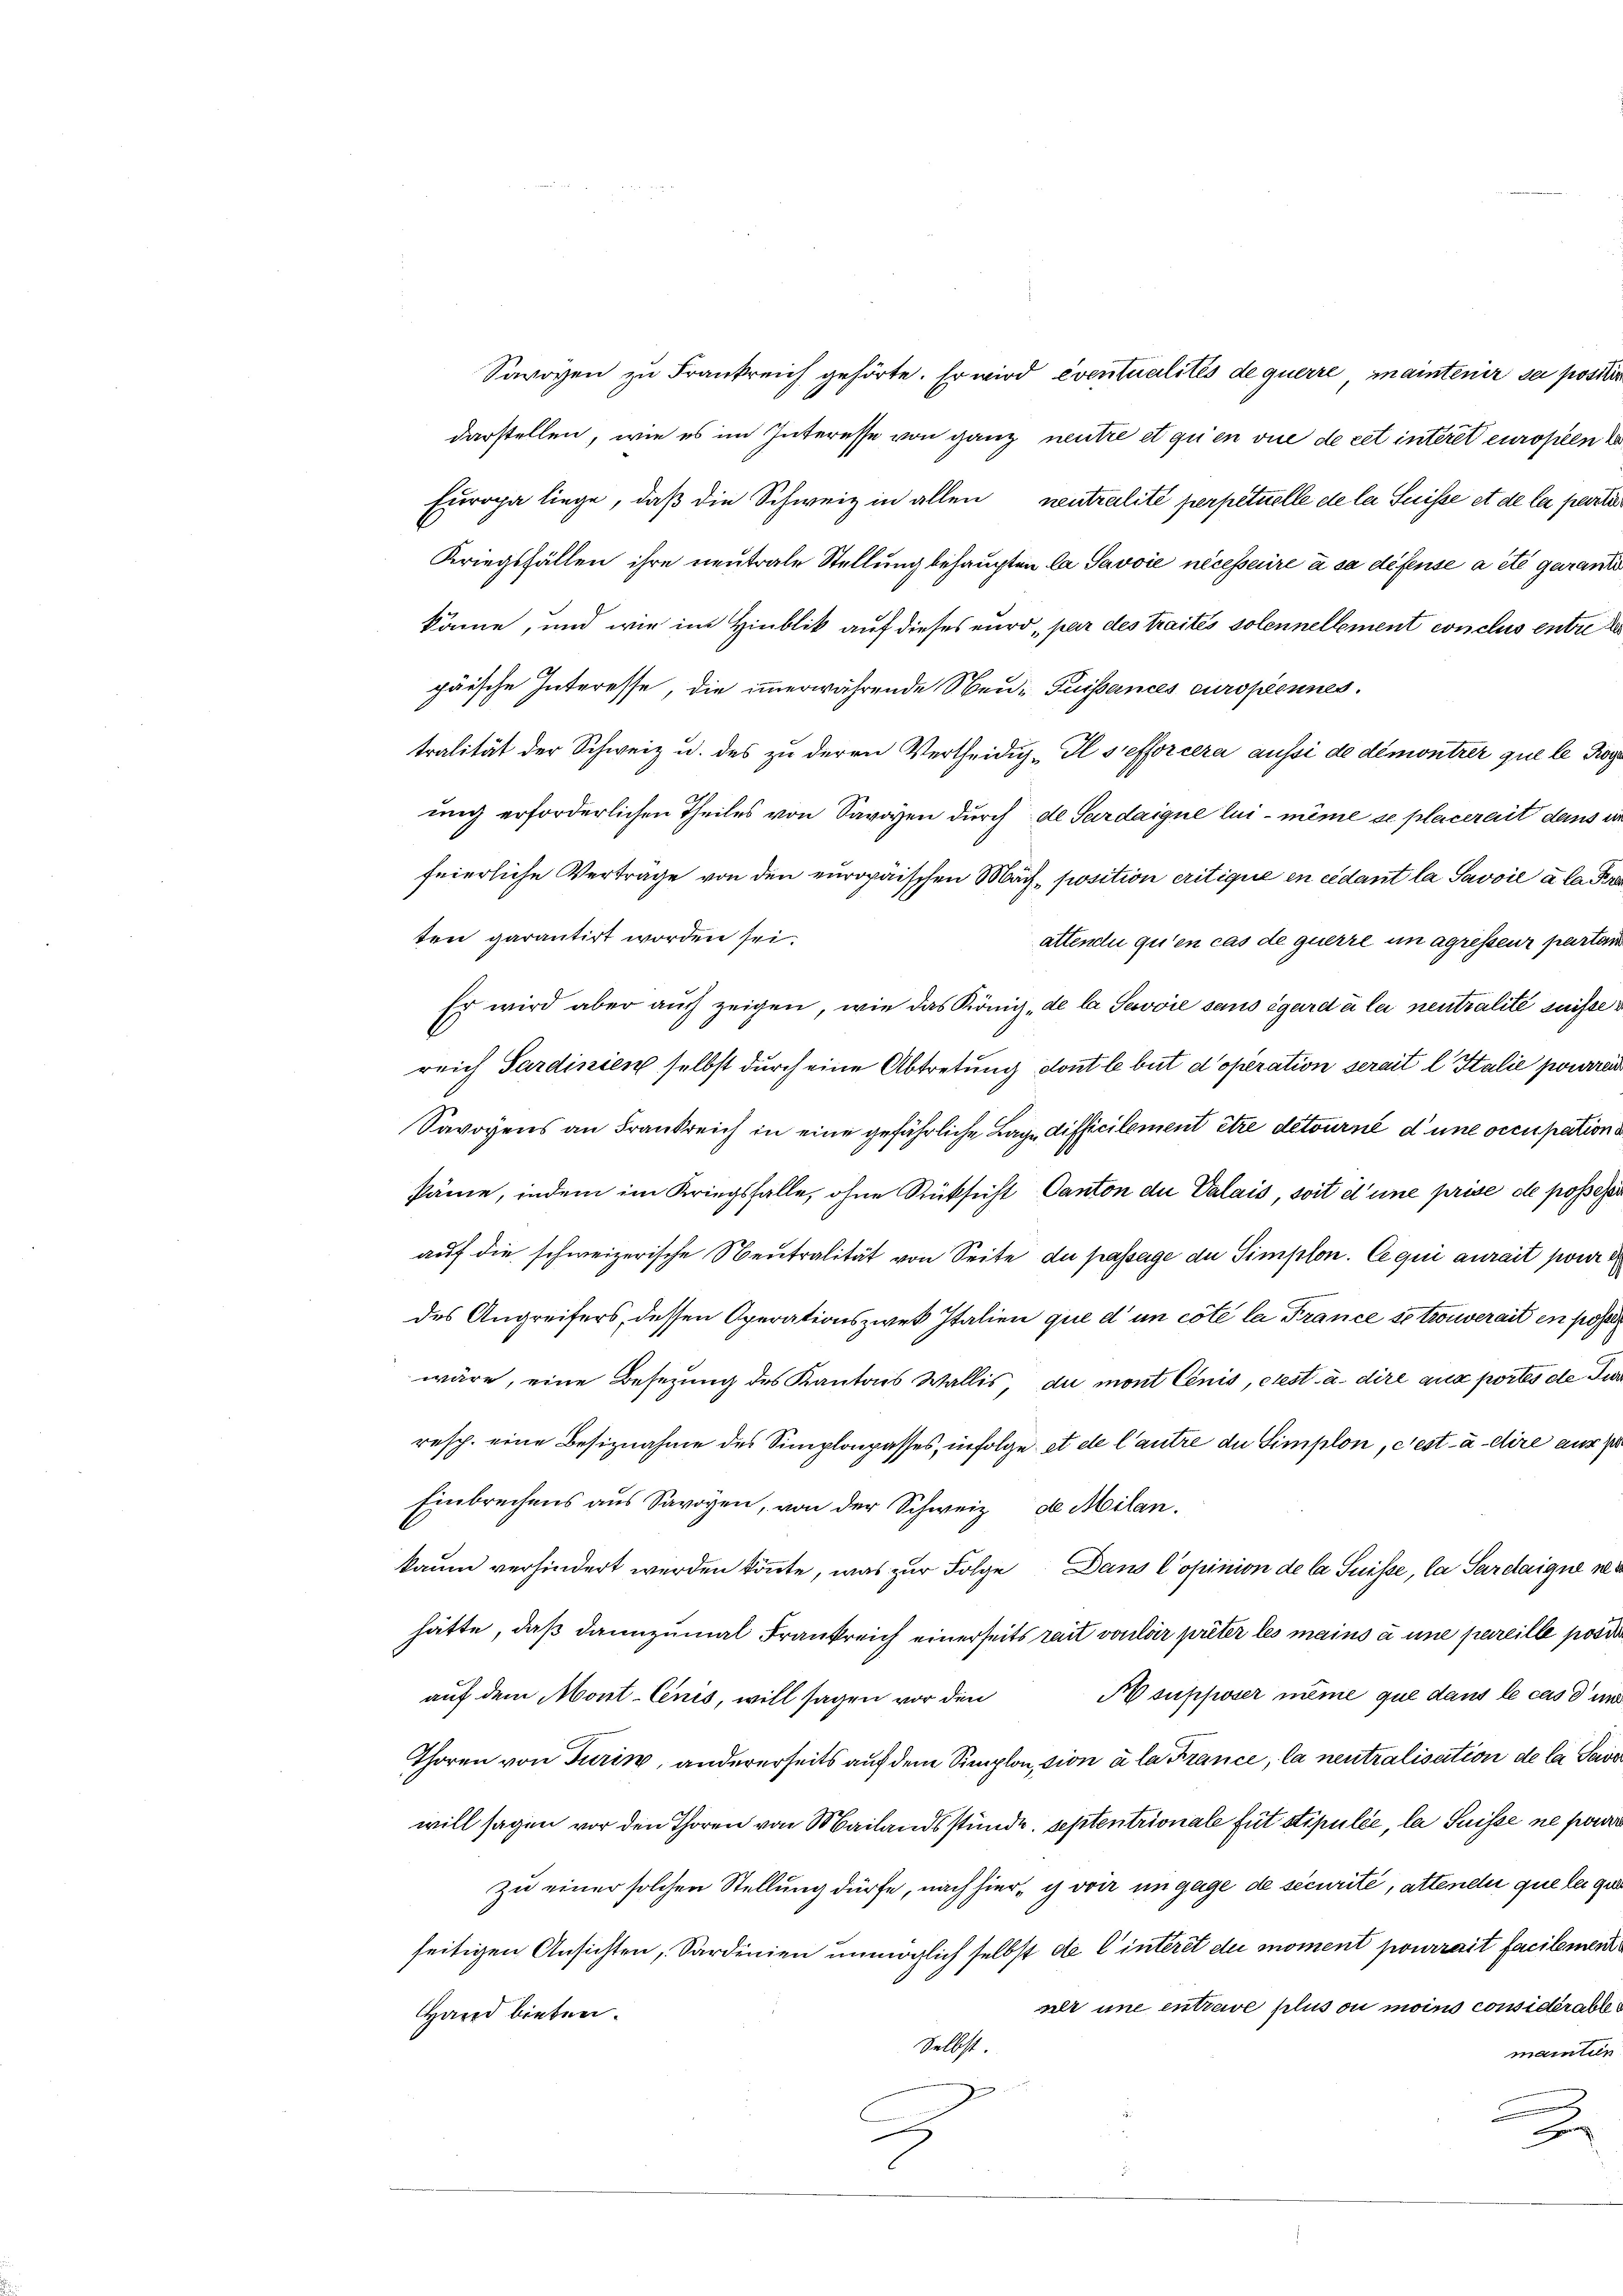
Savoyen zu Frankreich gehörte. Er wird eventualités de querre, maintenir sei positir
darstellen, wie es im Interesse von ganz neutre et qu’en vie de cet interet europen
Europa liege, daß die Schweiz in allen neutralité perpetuelle de la Suisse et de la perti
Kriegsfällen ihre neutrale Stellung behaupten la Savoić nécessaire à sa défense a été garant
käme, und wie im Hinblik auf dieses nur, par des traités solennellement conclus entret
päische Interesse, die immerwährende Neu-Puissances curopennes.
tralität der Schweiz u. des zu deren Vertheidig-Il sefforcere aussi de démontrer que le Pos
ung erforderlichen Theiles von Savoyen durch de Sardaigne lui-même se placerait dens wir
feierliche Verträge von den europäischen Mäch, position critique en eidant la Savoie à la Pr
ten garantirt worden sei.
attendii qu’en cas de querre in agresseur partan
Er wird aber auch zeigen, wie das König „de la Savoie sans égard à lei neutralité suisse
reich Sardinien selbst durch eine Abtretung dont le but d’operation serait l Italie ziere
Savoyens an Frankreich in eine gefährliche Lage difficilement être détourné d’une occupation.
säme, indem im Kriegsfalle, ohne Rücksicht, Canton die Valais, soit et une prise de posses
auf die schweizerische Neutralität von Seite du passage de Simplon. Ce qui aurait pour
des Angreifers, dessen Operationszwek Italien que d’un côté la France se trouverait en posse
wäre, eine Besetzung des Kantons Wallis, du mont Conis, eiest. a. dire aux portes de Jur
resp. eine Besiznahme des Simplonpasses, infolge et de l’autre du Simplon, c’est-à-dire aus pr
Einbrechens aus Savoyen, von der Schweiz de Milankaum verhindert werden könnte, was zur Folge Dans l’opinion de la Suisse, la Sardaigne u.
hätte, daß dannzumal Frankreich einerseits rait voular prêter les mains à une pareille posi
auf dem Mont-Cenis, will sagen vor den A supposer même que dans le cas d uns
Thoren von Turin, andererseits auf dem Simplon, sion à la France, la neutralisation de la Savewill sagen vor den Thoren von Mailandsstunde. Septentrionale fut stipulée, la Suisse ne perdro
Zu einer solchen Stellung dürfe, nach hier, ich von im gage de securité, attenen que lege
seitigen Ansichten, Sardinien unmöglich selbst de l’intérêt du moment pourrait facilement
ner une entzewe plus ou moins considérables
Hand bieten.
Selbst.
mantier
J